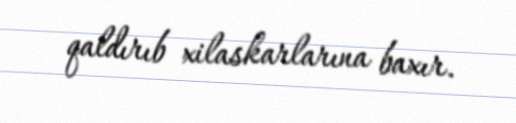
qaldırıb xilaskarlarına baxır.